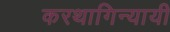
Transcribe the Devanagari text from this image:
करथागिन्यायी